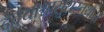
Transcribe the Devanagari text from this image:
दैतेयाश्चासुरास्तथा॥